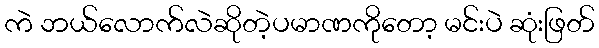
ကဲ ဘယ်လောက်လဲဆိုတဲ့ပမာဏကိုတော့ မင်းပဲ ဆုံးဖြတ်